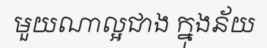
មួយណាល្អជាង ក្នុងន័យ